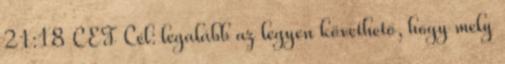
21:18 CET Cél: legalább az legyen követhető, hogy mely